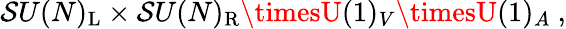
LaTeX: \mathcal{S}U(N)_{\mathrm{{{L}}}}\times\mathcal{S}U(N)_{\mathrm{{{R}}}}\timesU(1)_{V}\timesU(1)_{A}~,